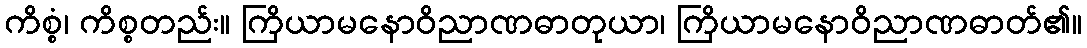
ကိစ္စံ၊ ကိစ္စတည်း။ ကြိယာမနောဝိညာဏဓာတုယာ၊ ကြိယာမနောဝိညာဏဓာတ်၏။